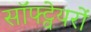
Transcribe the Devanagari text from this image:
सॉफ्ट्वेयरों